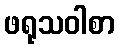
ဖရုသဝါစာ